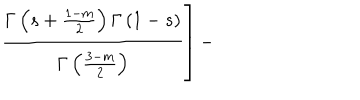
\left. \frac { \Gamma \left( s + \frac { 1 - m } { 2 } \right) \Gamma \left( 1 - s \right) } { \Gamma \left( \frac { 3 - m } { 2 } \right) } \right] -